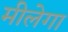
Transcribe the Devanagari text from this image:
मीलेगा